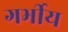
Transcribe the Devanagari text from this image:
गर्भीय